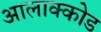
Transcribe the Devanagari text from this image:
आलाक्कोड